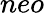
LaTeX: neo